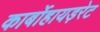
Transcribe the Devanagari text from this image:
कार्बोहायड़रेट